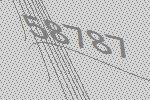
58787